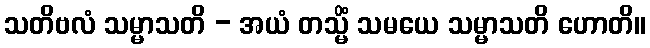
သတိဗလံ သမ္မာသတိ - အယံ တသ္မိံ သမယေ သမ္မာသတိ ဟောတိ။